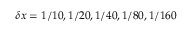
\delta x = 1 / 1 0 , 1 / 2 0 , 1 / 4 0 , 1 / 8 0 , 1 / 1 6 0